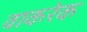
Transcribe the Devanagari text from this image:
वाकरेक